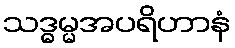
သဒ္ဓမ္မအပရိဟာနံ